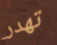
تهدر